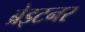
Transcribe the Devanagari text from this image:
ब्रेइटनर